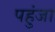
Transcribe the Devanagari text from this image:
पहुंजा